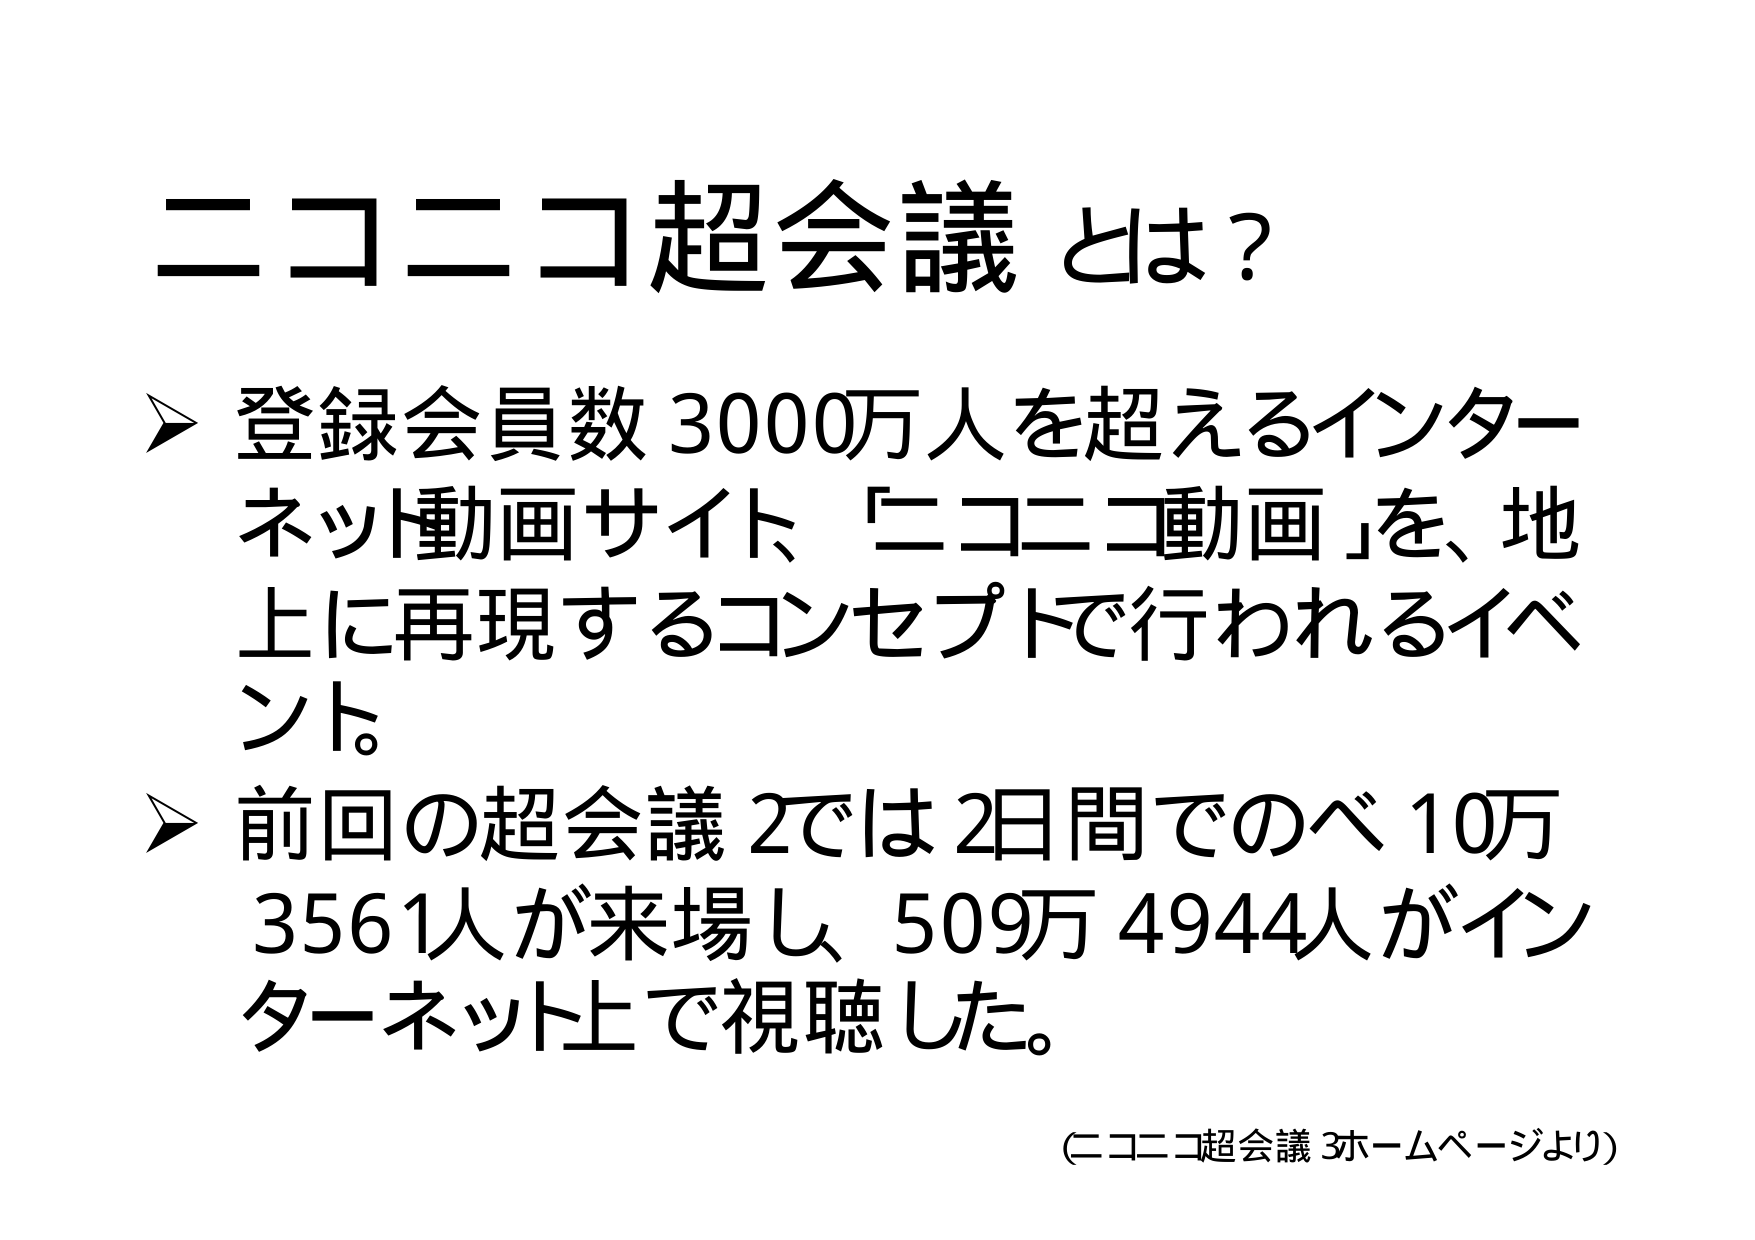
ニコニコ超会議 とは？

➤ 登録会員数 3000万人を超えるインターネット動画サイト、「ニコニコ動画」を、地上に再現するコンセプトで行われるイベント。

➤ 前回の超会議2では2日間でのべ10万3561人が来場し、509万4944人がインターネット上で視聴した。

（ニコニコ超会議3ホームページより）